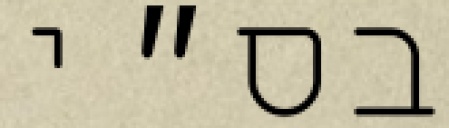
בס״י